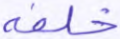
خلفه